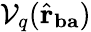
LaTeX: \mathcal{V}_{q}(\hat{\mathbf{r}}_{\mathbf{ba}})